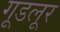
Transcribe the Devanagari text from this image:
गूडलूर